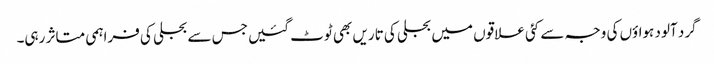
گرد آلود ہواؤں کی وجہ سے کئی علاقوں میں بجلی کی تاریں بھی ٹوٹ گئیں جس سے بجلی کی فراہمی متاثر رہی۔